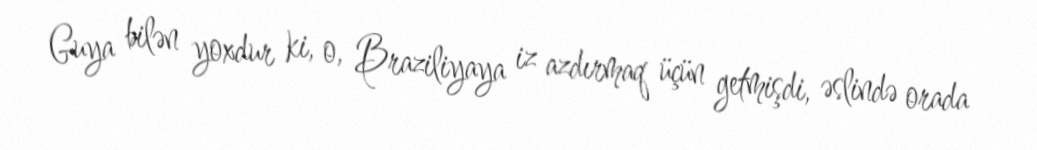
Guya bilən yoxdur ki, o, Braziliyaya iz azdırmaq üçün getmişdi, əslində orada